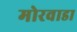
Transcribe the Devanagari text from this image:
मोरवाडा